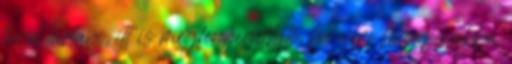
távol tartani, itt is megfenyegetheti, ha nem hagyja abba